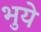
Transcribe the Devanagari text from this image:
भुये